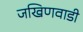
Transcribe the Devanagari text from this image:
जखिणवाडी